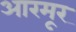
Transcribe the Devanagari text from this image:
आरमूर